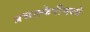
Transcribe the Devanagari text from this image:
प्रभात्फेरीमध्ये